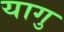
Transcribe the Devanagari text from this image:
यागु